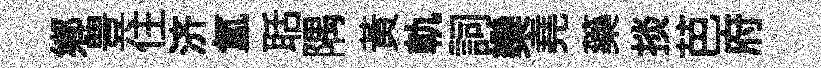
鄉豊住济氲聒隅黃軌詞欒堯藥掞芭府